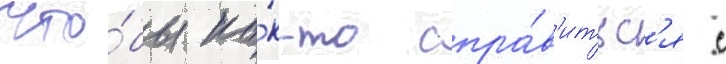
Что́бы ка́к-то спра́в'итьс'я с